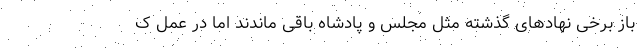
باز برخی نهادهای گذشته مثل مجلس و پادشاه باقی ماندند اما در عمل ک